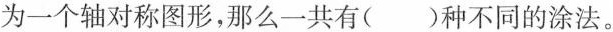
为一个轴对称图形，那么一共有()种不同的涂法